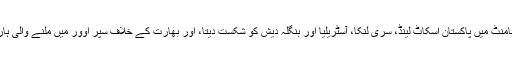
جنوبی افریقہ کی سرزمین کھیلے گئے اس پہلے عالمی ٹی ٹوئنٹی ٹورنامنٹ میں پاکستان اسکاٹ لینڈ، سری لنکا، آسٹریلیا اور بنگلہ دیش کو شکست دیتا، اور بھارت کے خلاف سپر اوور میں ملنے والی ہار کے بعد، سیمی فائنل میں نیوزی لینڈ کو روندتا ہوئے فائنل میں پہنچا۔